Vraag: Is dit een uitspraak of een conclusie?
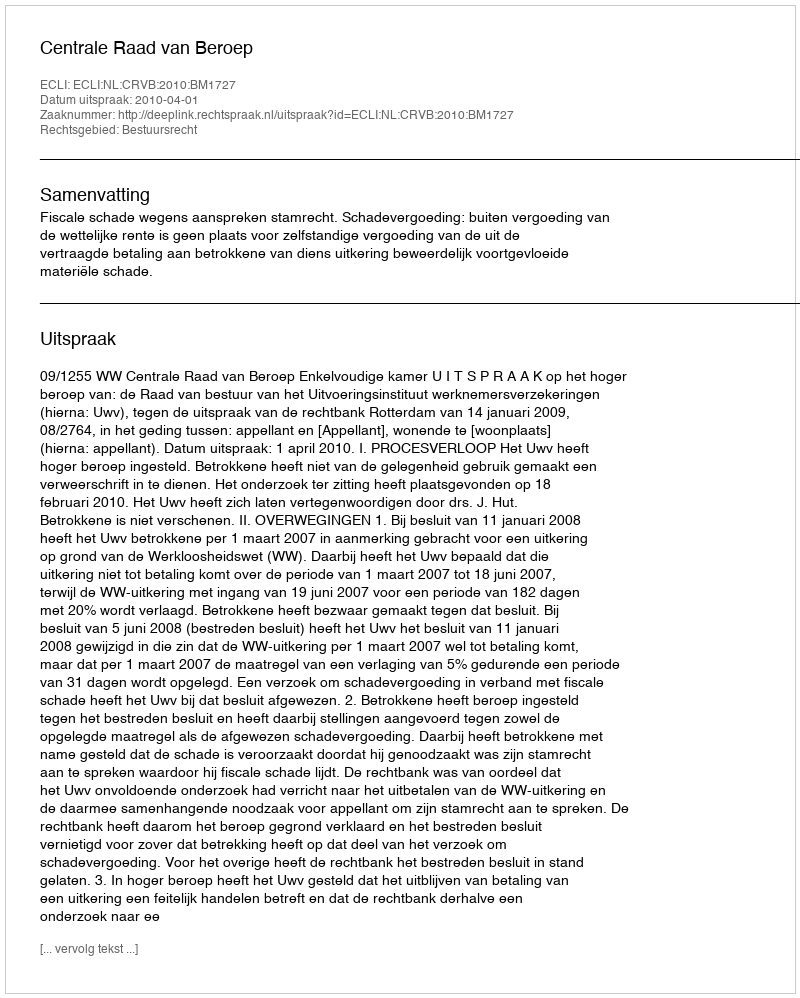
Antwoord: Uitspraak